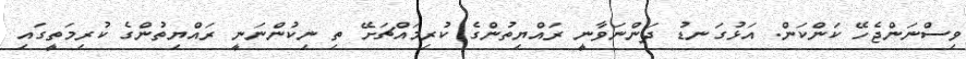
ވިސްނަންޖެހޭ ކަންކަން. އަޅުގަނޑު ދަންނަވާނީ ރައްޔިތުންގެ ކުރިމައްޗަށޭ ތި ނިކުންނަނީ ރައްޔިތުންގެ ކުރިމަތީގައި